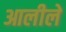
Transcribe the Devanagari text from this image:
आलीले